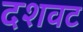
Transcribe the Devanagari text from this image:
दशवट